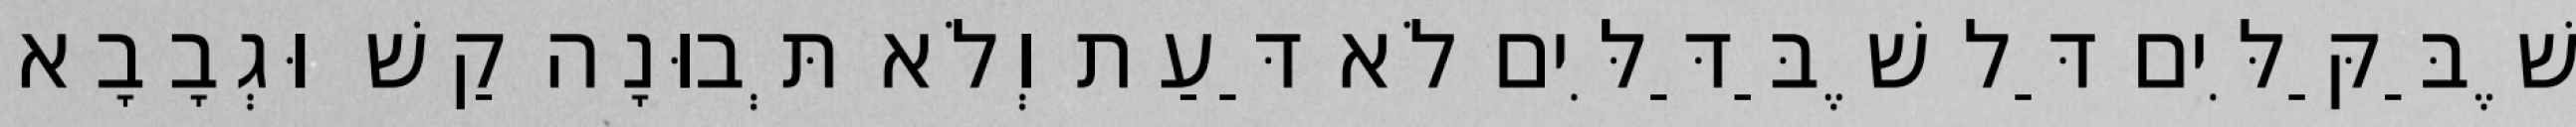
שֶׁבַּקַּלִּים דַּל שֶׁבַּדַּלִּים לֹא דַּעַת וְלֹא תְּבוּנָה קַשׁ וּגְבָבָא